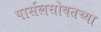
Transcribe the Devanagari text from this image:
पार्सलसोबतच्या